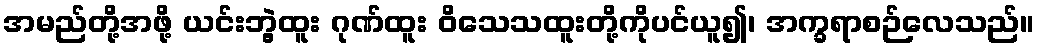
အမည်တို့အဖို့ ယင်းဘွဲ့ထူး ဂုဏ်ထူး ဝိသေသထူးတို့ကိုပင်ယူ၍၊ အက္ခရာစဉ်လေသည်။